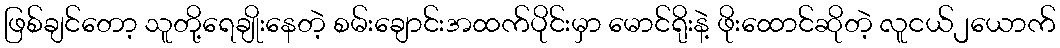
ဖြစ်ချင်တော့ သူတို့ရေချိုးနေတဲ့ စမ်းချောင်းအထက်ပိုင်းမှာ မောင်ရိုးနဲ့ ဖိုးထောင်ဆိုတဲ့ လူငယ်၂ယောက်